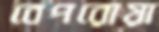
বেপরোয়া